Report on vaccination in Madras 1922-1929 - 1922-1929
Year: 1922
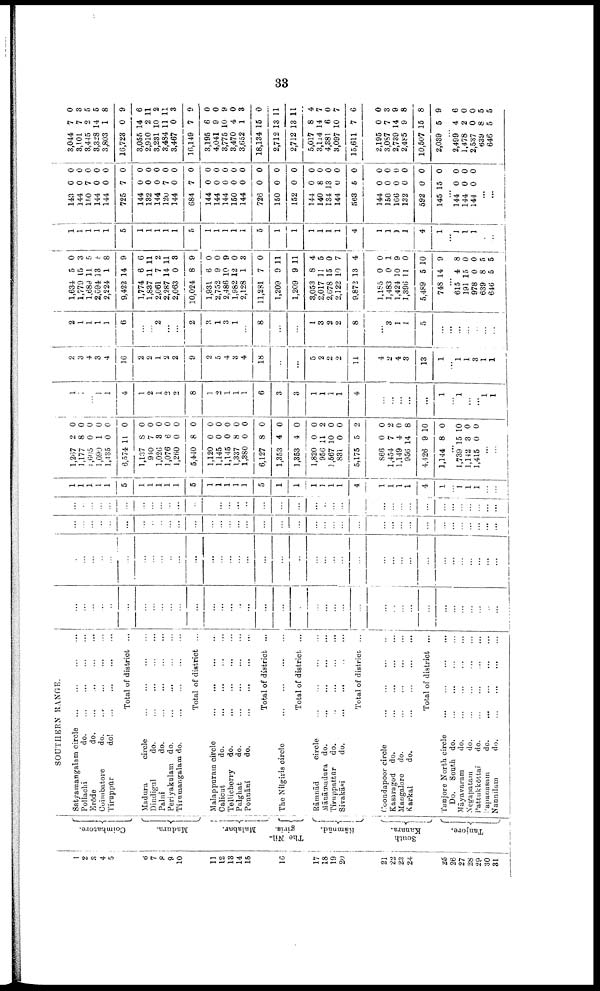
33
1
2
3
4
5
6
7
8
9
10
11
12
13
14
l5
16
17
18
19
20
21
22
23
24
25
26
27
28
29
30
31
Coimbatore.
Madura.
Malabar.
The Nil¬
giris.
Rāmnād.
South
Kanara.
Tanjore.
SOUTHERN RANGE.
Satyamangalam circle
...
...
...
...
Pollachi
do. ... ... ... ...
Erōde
do. ... ... ... ...
Coimbatore
do.
...
...
...
...
Tiruppūr
do!
...
...
...
...
Total of district ...
Madura
circle
...
...
...
...
Dindigul
do.
...
...
...
...
Palni
do.
...
...
...
...
Periyakalam do.
...
...
...
...
Thumangalam do.
...
...
...
...
Total of district ...
Malappuram circle
...
...
...
...
Calicut
do.
... ... ... ...
Tellcherry
do.
...
...
...
...
Palghat
do.
...
...
...
...
Ponnāni
do.
...
...
...
...
Total of district ...
The Nilgiris circle
...
...
...
...
Total of district ...
Rāmnād
circle
...
...
...
...
Mānāmadura do. ... ... ... ...
Tiruppattur
do.
...
...
...
...
Sivakāsi
do.
...
...
...
...
Total of district ...
Coondapoor circle
...
...
...
...
Kasaragod do.
...
...
...
...
Mangalore do.
...
...
...
...
Karkal
do.
...
...
...
...
Total of district ...
Tanjore North circle
...
...
...
...
Do. South do. ... ... ... ...
Māyavaram
do.
...
...
...
...
Negapatam
do.
...
...
...
...
Pattukkōttai
do.
...
...
...
...
Papanasam
do.
...
...
...
...
Nannilam
do.
...
...
...
...
...
...
...
...
...
...
...
...
...
...
...
...
...
...
...
...
...
...
...
...
...
...
...
...
...
...
...
...
...
...
...
...
...
...
...
...
...
...
...
...
...
...
...
...
...
...
...
...
...
...
...
...
...
...
...
...
...
...
...
...
...
...
...
...
...
...
...
...
...
...
...
...
...
...
...
...
...
...
...
...
...
...
...
...
...
...
...
...
...
...
...
...
...
...
...
...
...
...
...
...
...
...
...
...
...
...
...
...
...
...
...
...
...
...
...
...
...
...
...
...
...
...
...
...
...
...
...
...
...
...
...
...
...
...
...
...
...
...
...
...
...
...
...
...
...
...
...
...
1
1
1
1
1
5
1
1
1
1
1
5
1
1
1
1
1
5
1
1
1
1
1
1
4
1
1
1
1
4
1
...
1
1
1
...
...
1,267
1,177
1 ,605
1,090
1,435
8,574
1,137
940
1,026
1,076
1,260
5,440
1,120
1,145
1,145
1,337
1,380
6,127
1,353
1,353
1,820
956
1,567
831
5,175
866
1,454
1,149
956
4,126
1,144
2
8
0
1
0
11
8
7
3
6
0
8
0
0
0
8
0
8
4
4
0
11
10
0
5
0
7
4
14
9
8
0
0
0
0
0
0
0
0
0
0
0
0
0
0
0
0
0
0
0
0
0
2
0
0
2
0
2
0
8
10
0
...
1,739
1,142
1,415
15
3
0
10
0
0
...
...
1
1
...
1
1
4
1
2
1
2
2
8
1
2
1
1
1
6
3
3
1
1
1
1
4
...
...
...
...
...
1
...
1
...
...
1
1
2
3
4
3
4
16
2
2
1
2
2
9
2
5
4
3
4
18
...
...
5
2
2
2
11
4
2
4
3
13
1
...
1
1
3
1
1
2
1
1
1
1
6
...
...
2
...
...
2
3
1
3
1
...
8
...
...
1
3
2
2
8
...
3
1
1
5
...
...
...
...
...
...
...
1,634
1,779
1,689
2,094
2,224
9,422
1,774
1,837
2,061
2,287
2,063
10,024
1,931
2,752
2,486
1,982
2,128
11,281
1,209
1,209
3,053
2,017
2,678
2,122
9,872
1,185
1,483
1,424
1,396
5,489
748
5
15
11
13
1
14
6
11
7
14
0
8
6
9
10
12
1
7
9
9
8
11
15
10
13
0
0
10
11
5
14
0
3
5
5
8
9
6
11
2
11
3
9
0
0
9
0
3
0
11
11
4
5
0
7
4
0
1
9
0
10
9
...
615
191
978
639
646
4
15
0
8
5
8
0
0
5
5
1
1
1
1
1
5
1
1
1
1
1
5
1
1
1
1
1
5
1
1
1
1
1
1
4
1
1
1
1
4
1
...
1
1
1
...
...
143
144
150
144
144
725
144
132
144
120
144
684
144
144
144
150
144
726
150
152
144
140
134
144
563
144
150
166
132
592
145
0
0
7
0
0
7
0
0
0
7
0
7
0
0
0
0
0
0
0
0
0
8
13
0
6
0
0
0
0
0
15
0
0
0
0
0
0
0
0
0
0
0
0
0
0
0
0
0
0
0
0
0
0
0
0
0
0
0
0
0
0
0
...
144
144
144
0
0
0
0
0
0
...
...
3,044
3,101
3,445
3,328
3,803
16,723
3,055
2,910
3,231
3,484
3,467
16,149
3,195
4,041
3,775
3,470
3,652
18,134
2,712
2,712
5,017
3,114
4,381
3,097
15,611
2,195
3,087
2,739
2,485
10,507
2,039
7
7
2
14
1
0
14
2
10
11
0
7
6
9
10
4
1
15
13
13
8
14
6
10
7
0
7
14
9
15
5
0
3
5
5
8
9
6
11
2
11
3
9
0
0
9
0
3
0
11
11
4
7
0
7
6
0
3
9
8
8
9
...
2,499
1,478
2,537
639
646
4
2
0
8
5
6
0
0
5
5